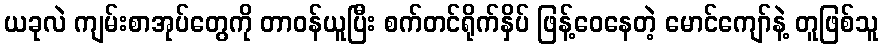
ယခုလဲ ကျမ်းစာအုပ်တွေကို တာဝန်ယူပြီး စက်တင်ရိုက်နှိပ် ဖြန့်ဝေနေတဲ့ မောင်ကျော်နဲ့ တူဖြစ်သူ